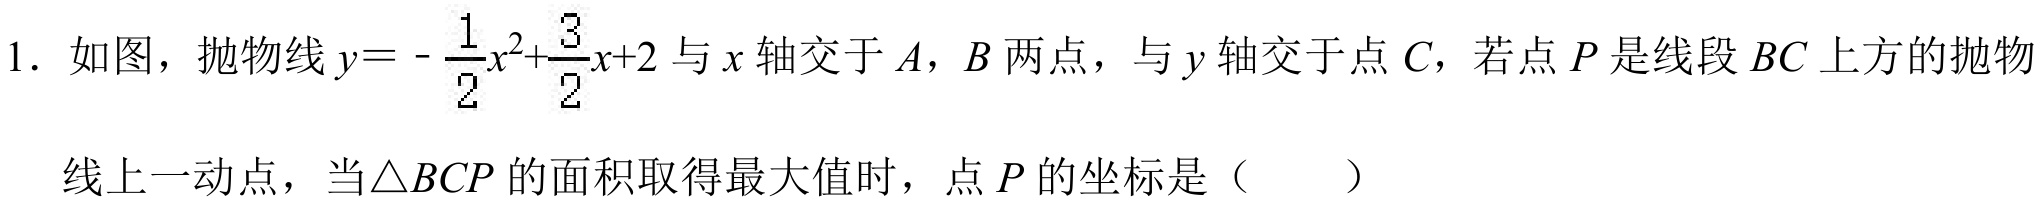
1. 如图，抛物线\(y = -\frac{1}{2}x^{2}+\frac{3}{2}x + 2\)与\(x\)轴交于\(A\)，\(B\)两点，与\(y\)轴交于点\(C\)，若点\(P\)是线段\(BC\)上方的抛物
线上一动点，当\(\triangle BCP\)的面积取得最大值时，点\(P\)的坐标是（  ）